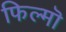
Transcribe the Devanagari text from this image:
फिल्मॊ